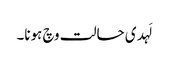
لَہدی حالت وچ ہونا۔